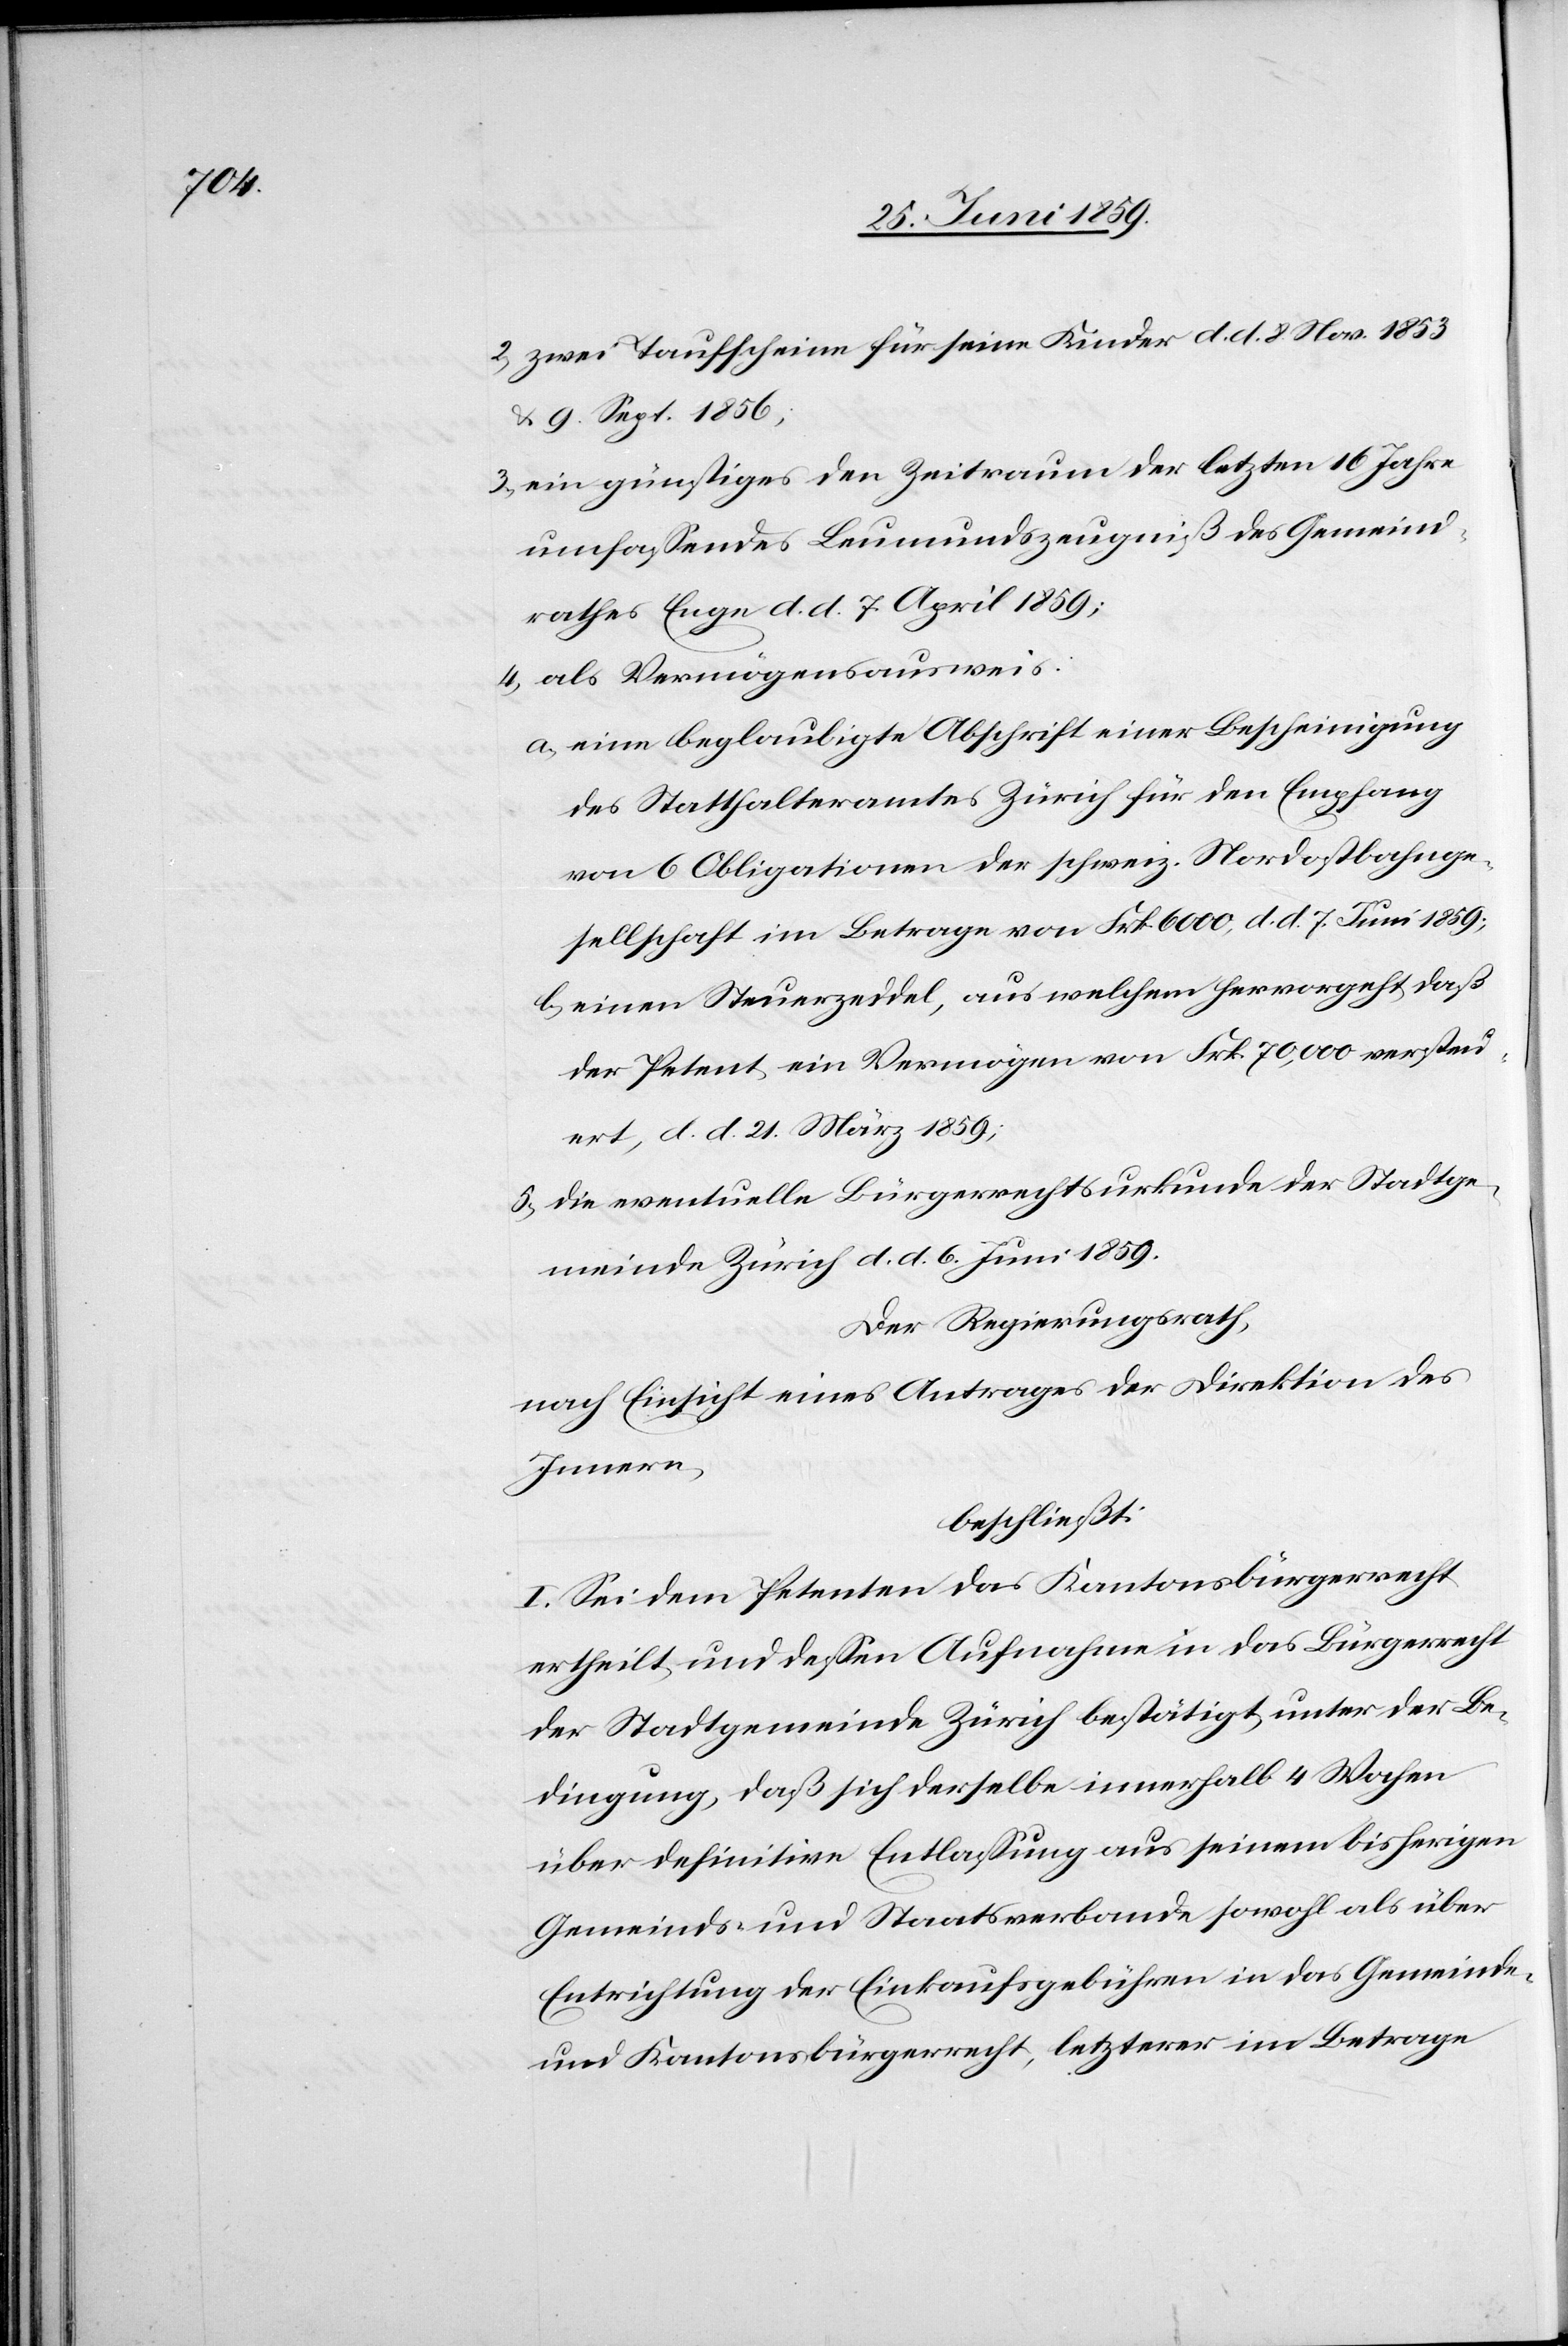
2) zwei Taufscheine für seine Kinder d. d. 8. Nov. 1853
u. 9. Sept 1856;
3) ein günstiges den Zeitraume der letzten 16 Jahre
umfassendes Leumundszeugniß des Gemein¬
rathes Enge d. d. 7. April 1859;
4) als Vermögensausweis:
a) eine beglaubigte Abschrift einer Bescheinigung
des Statthalteramtes Zürich für den Empfang
von 6 Obligationen der schweiz. Nordostbahnge¬
sellschaft im Betrage von Frk. 6000, d. d. 7. Juni 1859;
b) einen Steuerzedel, aus welchem hervorgeht, daß
der Petent ein Vermögen von Frk. 70,000 versteu¬
ert, d. d. 21 März 1859;
3) die eventuelle Bürgerrechtsurkunde der Stadtge¬
meinde Zürich d. d. 6. Juni 1859.
Der Regierungsrath
nach Einsicht eines Antrages der Direktion des
Innern,
beschließt:
I. Sei dem Petenten das Kantonsbürgerrecht
ertheilt, und dessen Aufnahme in das Bürgerrecht
der Stadtgemeinde Zürich bestätigt, unter der Be¬
dingung, daß sich derselbe innerhalb 4 Wochen
über definitive Entlassung aus seinem bisherigen
Gemeinds- und Staatsverbande sowohl als über
Entrichtung der Einkaufsgebühren in das Gemeinde-
und Kantonsbürgerrecht, letzterer im Betrage